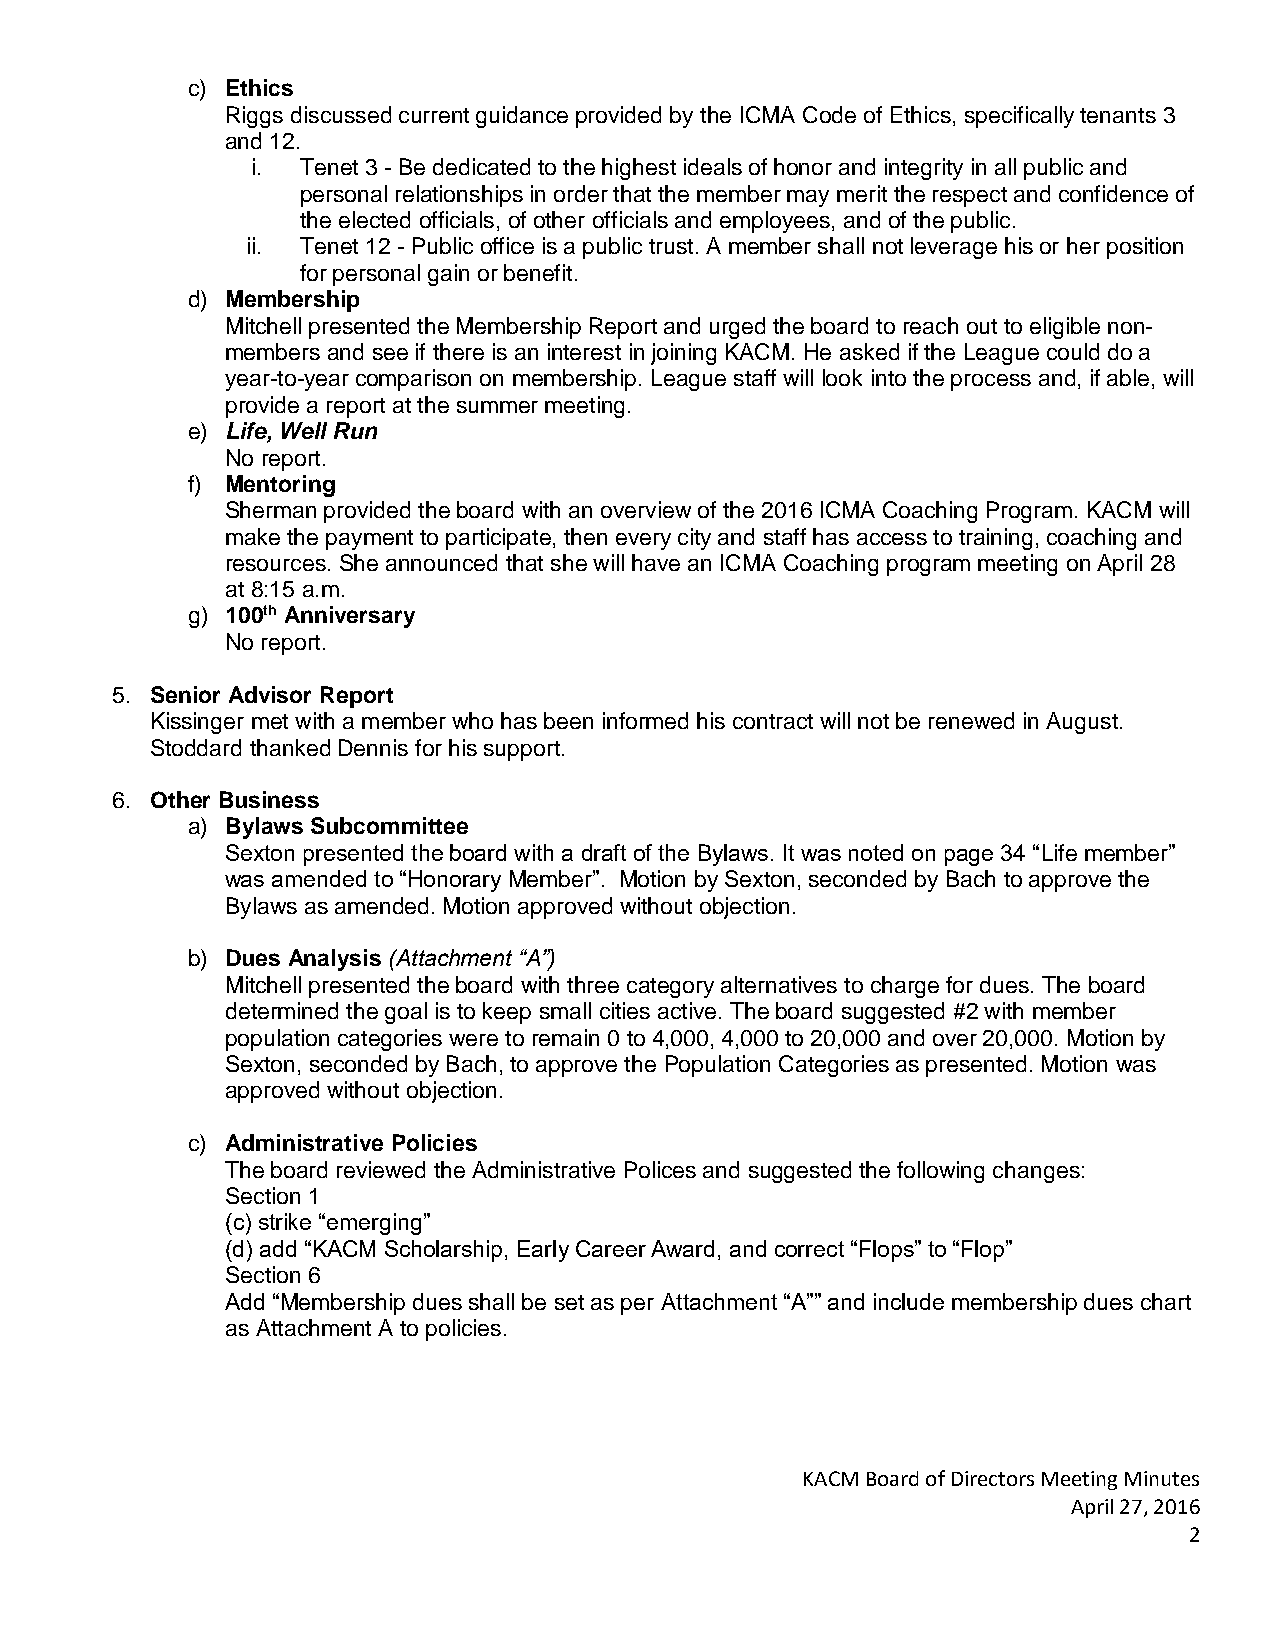
c) Ethics
 Riggs discussed current guidance provided by the ICMA Code of Ethics, specifically tenants 3
 and 12.
 i. Tenet 3 - Be dedicated to the highest ideals of honor and integrity in all public and
 personal relationships in order that the member may merit the respect and confidence of
 the elected officials, of other officials and employees, and of the public.
 ii. Tenet 12 - Public office is a public trust. A member shall not leverage his or her position
 for personal gain or benefit.
 d) Membership
 Mitchell presented the Membership Report and urged the board to reach out to eligible non-
 members and see if there is an interest in joining KACM. He asked if the League could do a
 year-to-year comparison on membership. League staff will look into the process and, if able, will
 provide a report at the summer meeting.
 e) Life, Well Run
 No report.
 f) Mentoring
 Sherman provided the board with an overview of the 2016 ICMA Coaching Program. KACM will
 make the payment to participate, then every city and staff has access to training, coaching and
 resources. She announced that she will have an ICMA Coaching program meeting on April 28
 at 8:15 a.m.
 g) 100th Anniversary
 No report.
 5. Senior Advisor Report
 Kissinger met with a member who has been informed his contract will not be renewed in August.
 Stoddard thanked Dennis for his support.
 6. Other Business
 a) Bylaws Subcommittee
 Sexton presented the board with a draft of the Bylaws. It was noted on page 34 “Life member”
 was amended to “Honorary Member”. Motion by Sexton, seconded by Bach to approve the
 Bylaws as amended. Motion approved without objection.
 b) Dues Analysis (Attachment “A”)
 Mitchell presented the board with three category alternatives to charge for dues. The board
 determined the goal is to keep small cities active. The board suggested #2 with member
 population categories were to remain 0 to 4,000, 4,000 to 20,000 and over 20,000. Motion by
 Sexton, seconded by Bach, to approve the Population Categories as presented. Motion was
 approved without objection.
 c) Administrative Policies
 The board reviewed the Administrative Polices and suggested the following changes:
 Section 1
 (c) strike “emerging”
 (d) add “KACM Scholarship, Early Career Award, and correct “Flops” to “Flop”
 Section 6
 Add “Membership dues shall be set as per Attachment “A”” and include membership dues chart
 as Attachment A to policies.
 KACM Board of Directors Meeting Minutes
 April 27, 2016
 2